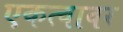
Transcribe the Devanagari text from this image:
एकत्वावर